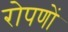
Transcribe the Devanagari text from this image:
रोपणों